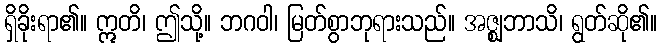
ရှိခိုးရာ၏။ ဣတိ၊ ဤသို့။ ဘဂဝါ၊ မြတ်စွာဘုရားသည်။ အဇ္ဈဘာသိ၊ ရွတ်ဆို၏။